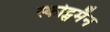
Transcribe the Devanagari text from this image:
स्कोट्समैन